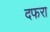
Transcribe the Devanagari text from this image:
दफरा